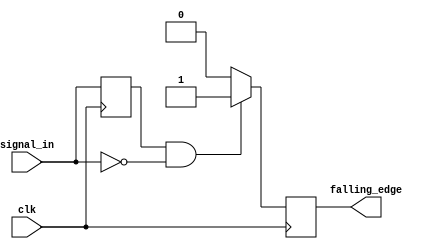
module falling_edge_detector (
    input wire clk,             // Clock signal
    input wire signal_in,       // Input signal to detect falling edges
    output reg falling_edge     // Output signal indicating falling edge
);

    reg previous_state;         // Internal register to hold previous state

    // Sequential logic: Executes on rising edge of clock
    always @(posedge clk) begin
        // Check for falling edge condition
        if (previous_state == 1'b1 && signal_in == 1'b0) begin
            falling_edge <= 1'b1; // Set output high for falling edge
        end else begin
            falling_edge <= 1'b0; // Reset output otherwise
        end
        
        // Update previous state with current signal
        previous_state <= signal_in;
    end

endmodule